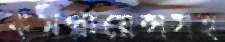
কমপ্লায়েন্সসহ